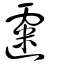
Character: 𩄲